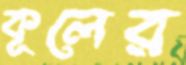
কূলের